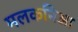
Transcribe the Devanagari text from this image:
मलकनिआ